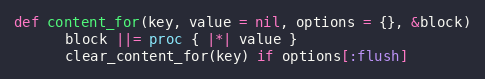
Language: Ruby
def content_for(key, value = nil, options = {}, &block)
      block ||= proc { |*| value }
      clear_content_for(key) if options[:flush]